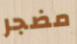
مضجر